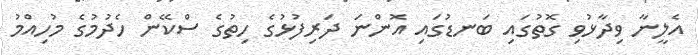
އެލީނާ ވިދާޅުވި ގޮތުގައި ބަނޑުގައި އޮންނަ ދަރިފުޅުގެ ހިތުގެ ސްކޭން ހެދުމުގެ މުހިއްމު